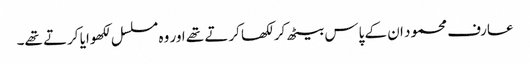
عارف محمود ان کے پاس بیٹھ کر لکھا کرتے تھے اور وہ مسلسل لکھوایا کرتے تھے۔